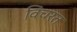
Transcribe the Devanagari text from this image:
विंचरत